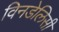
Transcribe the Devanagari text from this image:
विनडेलिसी